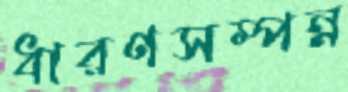
ধারণসম্পন্ন